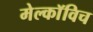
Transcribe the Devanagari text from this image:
मेल्काॅविच